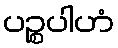
ပဉ္စပါဟံ